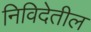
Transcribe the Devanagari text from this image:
निविदेतील